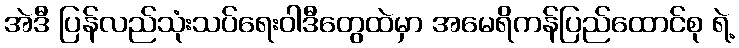
အဲဒီ ပြန်လည်သုံးသပ်ရေးဝါဒီတွေထဲမှာ အမေရိကန်ပြည်ထောင်စု ရဲ့